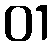
01